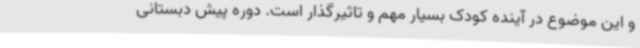
و این موضوع در آینده کودک بسیار مهم و تاثیرگذار است. دوره پیش دبستانی